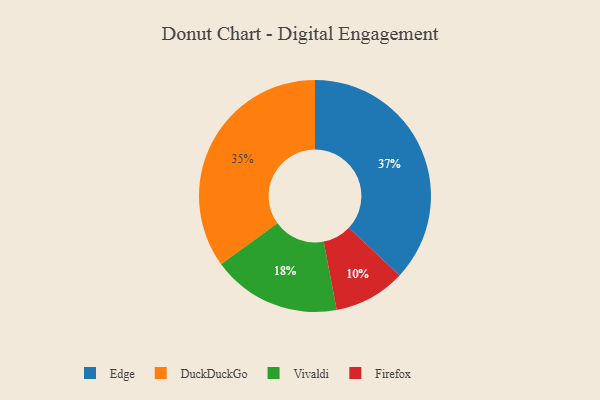
{"axis": {"x": "Category", "y": "Percentage"}, "legend": ["DuckDuckGo", "Edge", "Firefox", "Vivaldi"], "data": [{"x": "Vivaldi", "y": 18, "type": "Vivaldi"}, {"x": "Firefox", "y": 10, "type": "Firefox"}, {"x": "DuckDuckGo", "y": 35, "type": "DuckDuckGo"}, {"x": "Edge", "y": 37, "type": "Edge"}]}